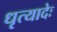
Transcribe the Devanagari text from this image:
धृत्यादेः